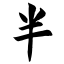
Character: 半